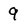
Character: 9